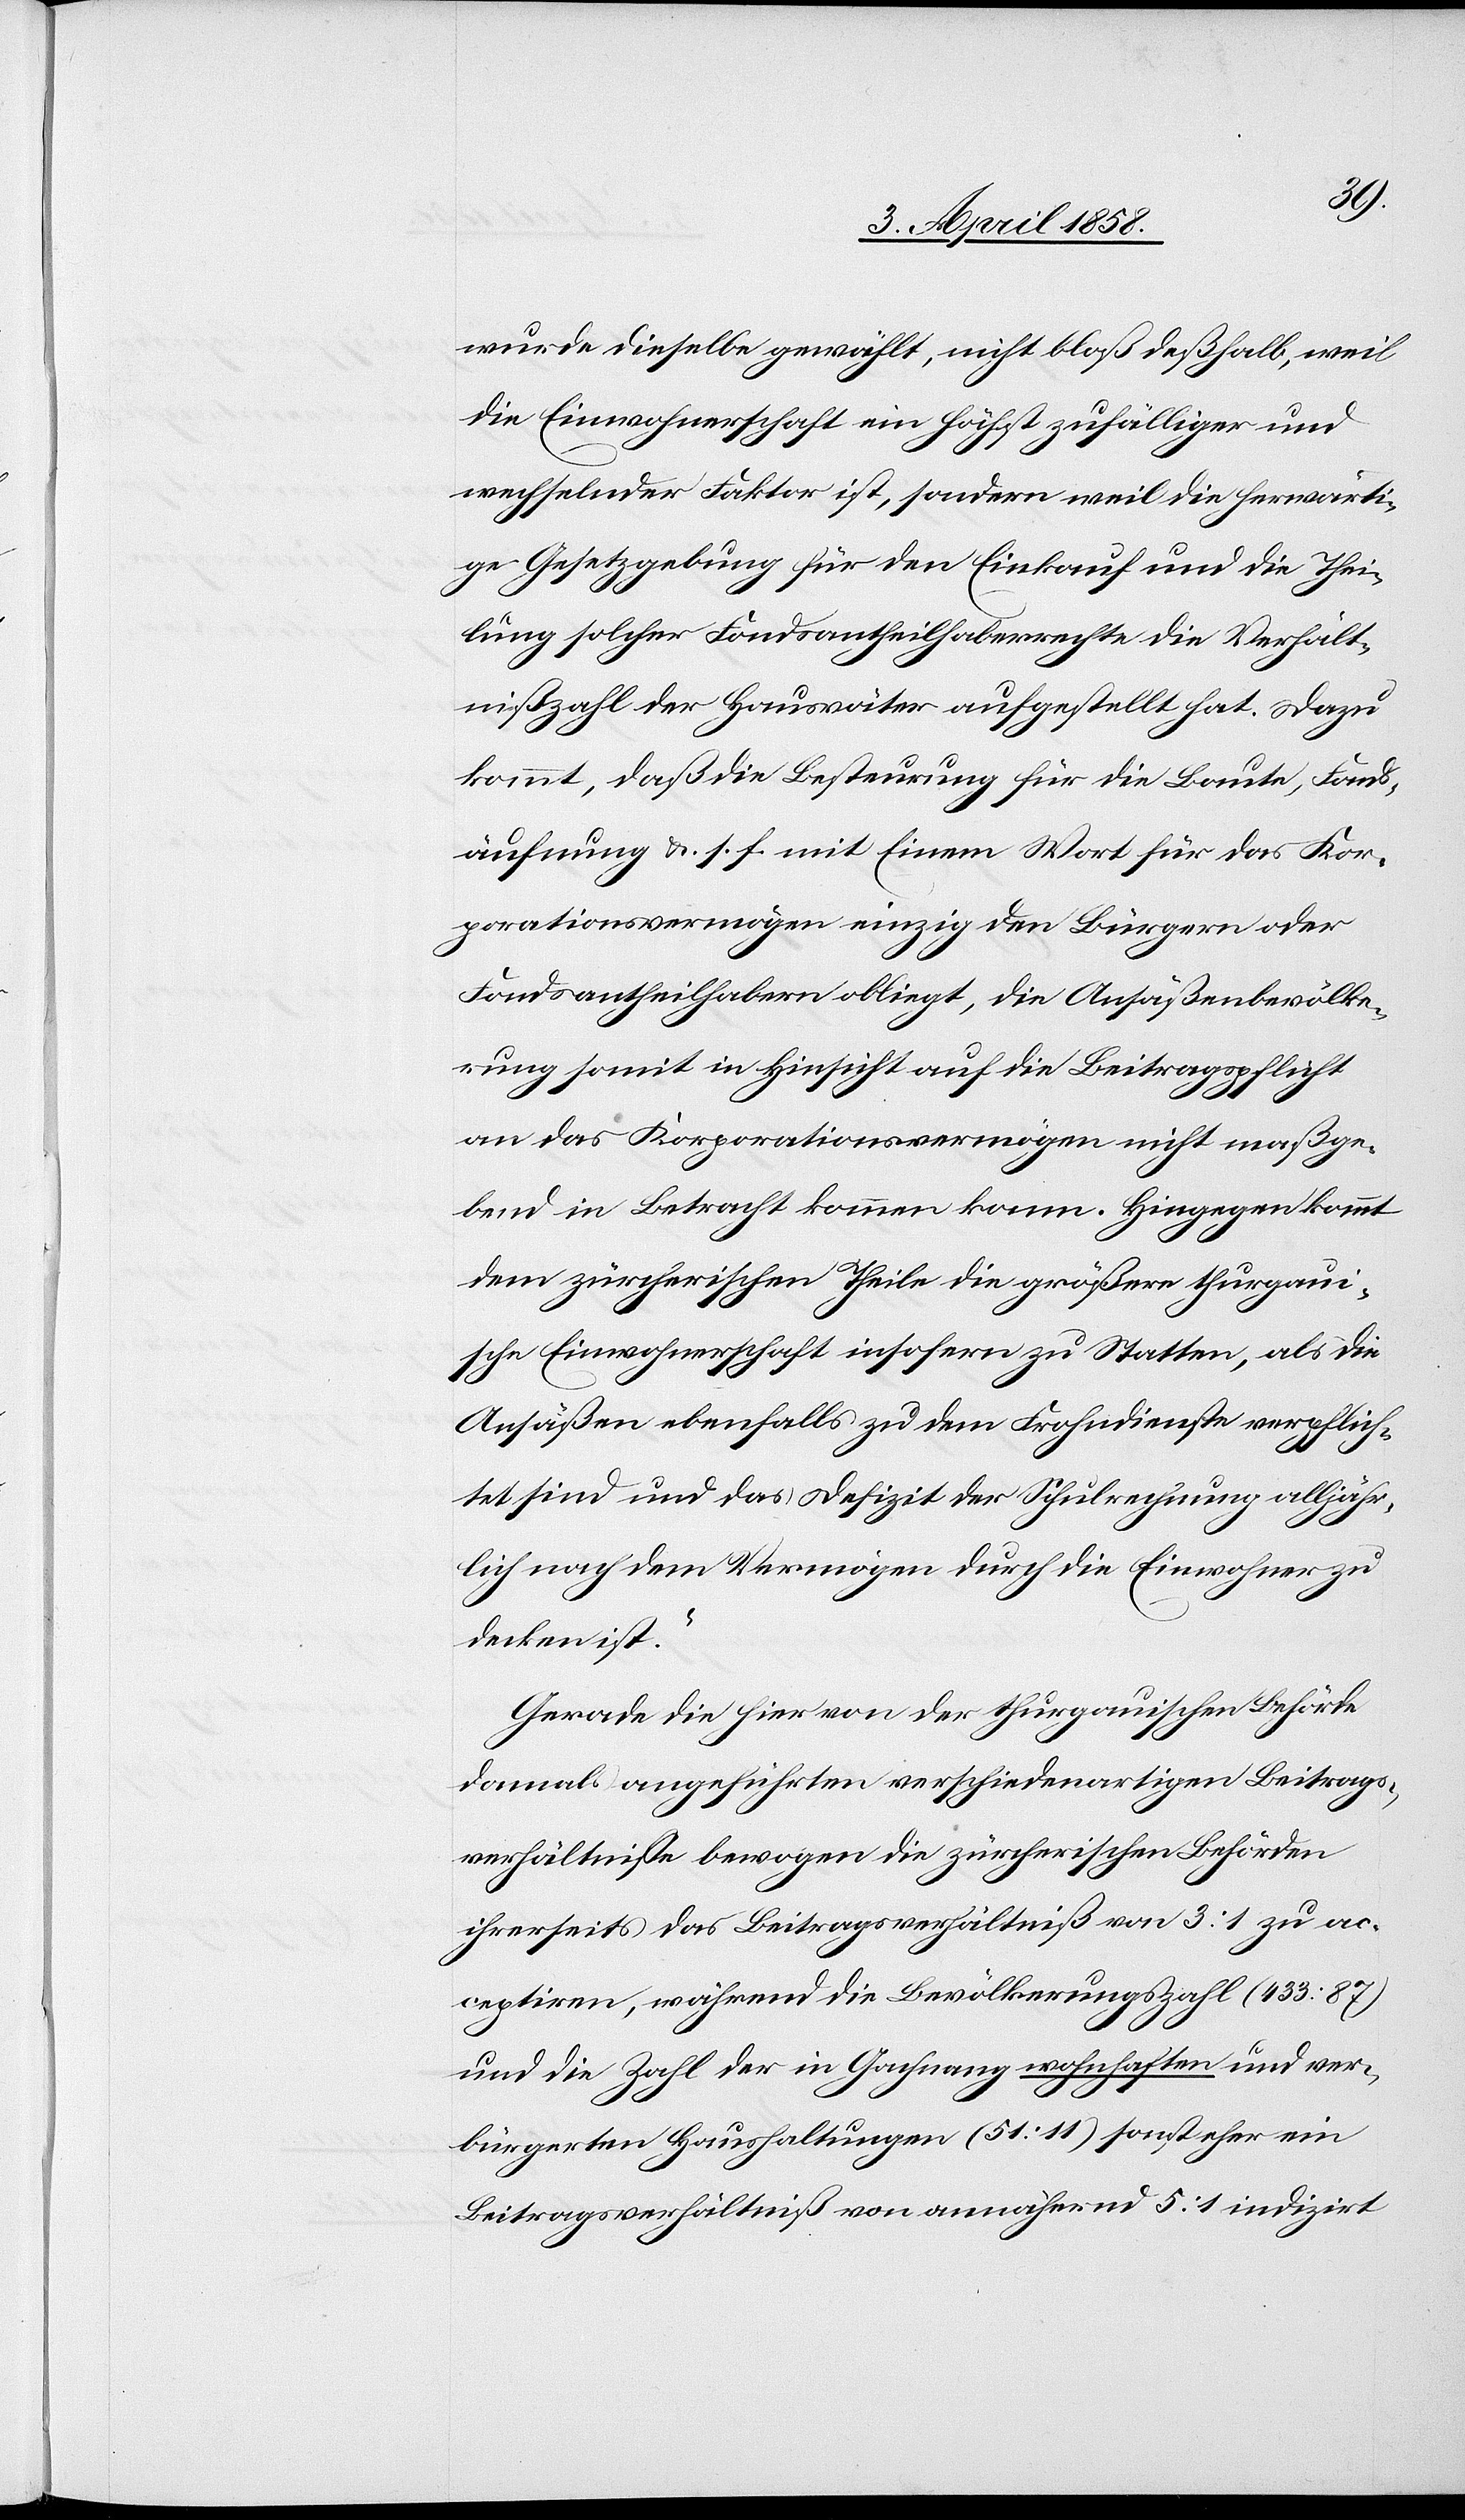
wurde dieselbe gewählt, nicht bloß deßhalb, weil
die Einwohnerschaft ein höchst zufälliger und
wechselnder Faktor ist, sondern weil die herwärti¬
ge Gesetzgebung für den Einkauf und die Thei¬
lung solcher Fondsantheilhaberrechte die Verhält¬
nißzahl der Hausväter aufgestellt hat. Dazu
kommt, daß die Besteurung für die Baute, Fonds¬
äufnung u. s. f. mit Einem Wort für das Kor¬
porationsvermögen einzig den Bürgern oder
Fondsantheilhabern obliegt, die Ansäßenbevölke¬
rung somit in Hinsicht auf die Beitragspflicht
an das Korporationsvermögen nicht maßge¬
bend in Betracht kommen kann, Hingegen kommt
dem zürcherischen Theile die größere thurgaui¬
sche Einwohnerschaft insofern zu Statten, als die
Ansäßen ebenfalls zu dem Frohndienste verpflich¬
tet sind und das Defizit der Schulrechnung alljähr¬
lich nach dem Vermögen durch die Einwohner zu
decken ist.“
Gerade die hier von der thurgauischen Behörde
damals angeführten verschiedenartigen Beitrags¬
verhältnisse bewogen die zürcherischen Behörden
ihrerseits das Beitragsverhältniß von 3:1 zu ac¬
ceptiren, während die Bevölkerungszahl (433:87)
und die Zahl der in Gachnang wohnhaften und ver¬
bürgerten Haushaltungen (51:11) sonst eher ein
Beitragsverhältniß von annähernd 5:1 indizirt